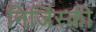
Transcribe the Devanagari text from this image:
निजिंस्की